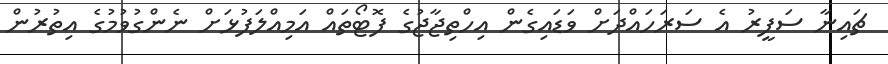
ޗައިނާ ސަފީރު އެ ސަރަހައްދަށް ވަޑައިގެން އިހްތިޖާޖުގެ ފޮޓޯތައް އަމިއްލަފުޅަށް ނެންގުވުމުގެ އިތުރުން